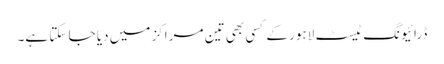
ڈرائیونگ ٹیسٹ لاہور کے کسی بھی تین مراکز میں دیا جا سکتا ہے۔